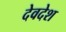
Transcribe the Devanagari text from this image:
देवदेश